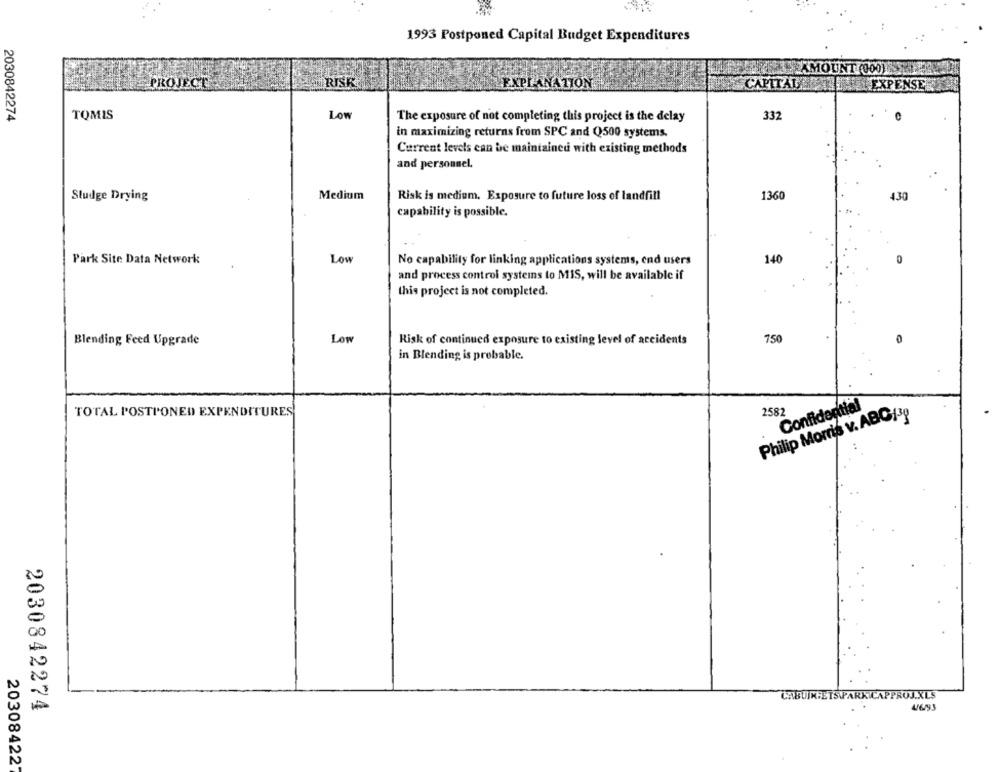
1993 Postponed Capital Budget Expenditures
AMOUNT 000)
PROJECT
RISK
EXPLANATION
CAPITAL
2115 EXPENSES
2030842274
TOMIS
Low
332
The exposure of not completing this project is the delay
in maximizing returns from SPC and Q500 systems.
Current levels can be maintained with existing methods
and personnel.
Sludge Drying
Medium
Risk is medium. Exposure to future loss of landfill
1360
4.30
capability is possible.
Park Site Data Network
Low
No capability for linking applications systems, end users
140
and process control systems to MIS, will be available if
this project is not completed.
Blending Feed Upgrade
Low
Risk of continued exposure to existing level of accidents
750
in Blending is probable.
258:
Confidential
TOTAL POSTPONED EXPENDITURES
Philip Morris v. ABC13g
CABUIK ETSVARKICAPPROJ.XLS
2030842274
46/93
20308422